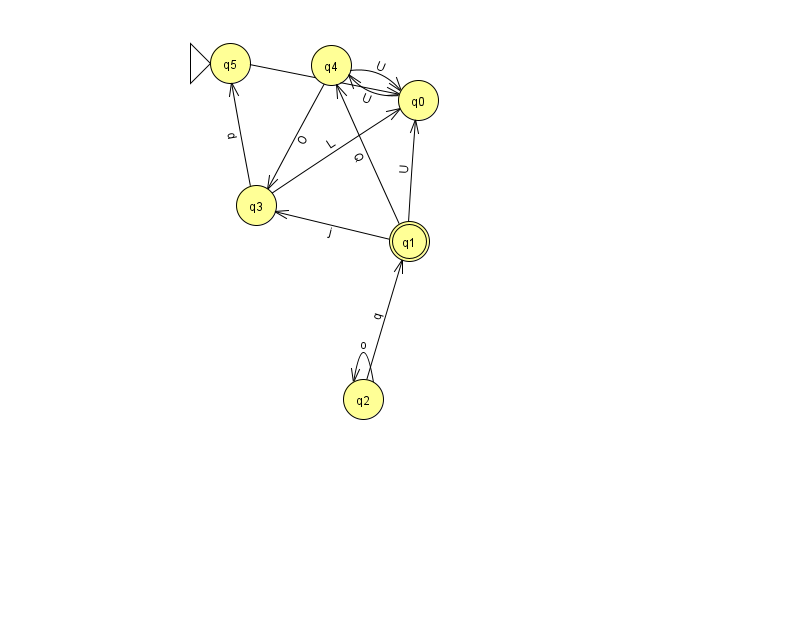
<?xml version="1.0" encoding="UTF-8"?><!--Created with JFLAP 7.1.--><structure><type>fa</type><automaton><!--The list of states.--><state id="0" name="q0"><x>418.0</x><y>87.0</y></state><state id="1" name="q1"><x>409.0</x><y>228.0</y><final/></state><state id="2" name="q2"><x>363.0</x><y>386.0</y></state><state id="3" name="q3"><x>256.0</x><y>192.0</y></state><state id="4" name="q4"><x>331.0</x><y>52.0</y></state><state id="5" name="q5"><x>230.0</x><y>50.0</y><initial/></state><!--The list of transitions.--><transition><from>1</from><to>3</to><read>j</read></transition><transition><from>3</from><to>0</to><read>L</read></transition><transition><from>4</from><to>3</to><read>O</read></transition><transition><from>1</from><to>0</to><read>U</read></transition><transition><from>5</from><to>0</to><read>w</read></transition><transition><from>1</from><to>4</to><read>Q</read></transition><transition><from>0</from><to>4</to><read>U</read></transition><transition><from>4</from><to>0</to><read>U</read></transition><transition><from>2</from><to>1</to><read>q</read></transition><transition><from>3</from><to>5</to><read>d</read></transition><transition><from>2</from><to>2</to><read>o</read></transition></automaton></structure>